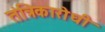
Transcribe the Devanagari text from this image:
तंत्रिकारोधी